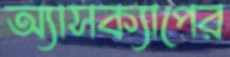
অ্যাসক্যাপের